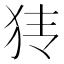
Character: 𰡂